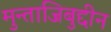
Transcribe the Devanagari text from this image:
मुन्ताजिबुद्दीन